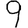
Digit: 9